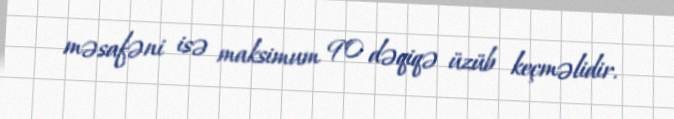
məsafəni isə maksimum 90 dəqiqə üzüb keçməlidir.